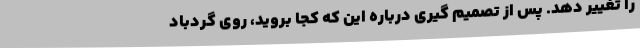
را تغییر دهد. پس از تصمیم گیری درباره این که کجا بروید، روی گردباد